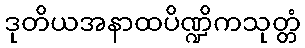
ဒုတိယအနာထပိဏ္ဍိကသုတ္တံ